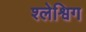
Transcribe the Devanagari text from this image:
श्लेश्विग